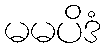
မမပိဒံ